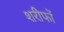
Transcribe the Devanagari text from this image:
शरीफों